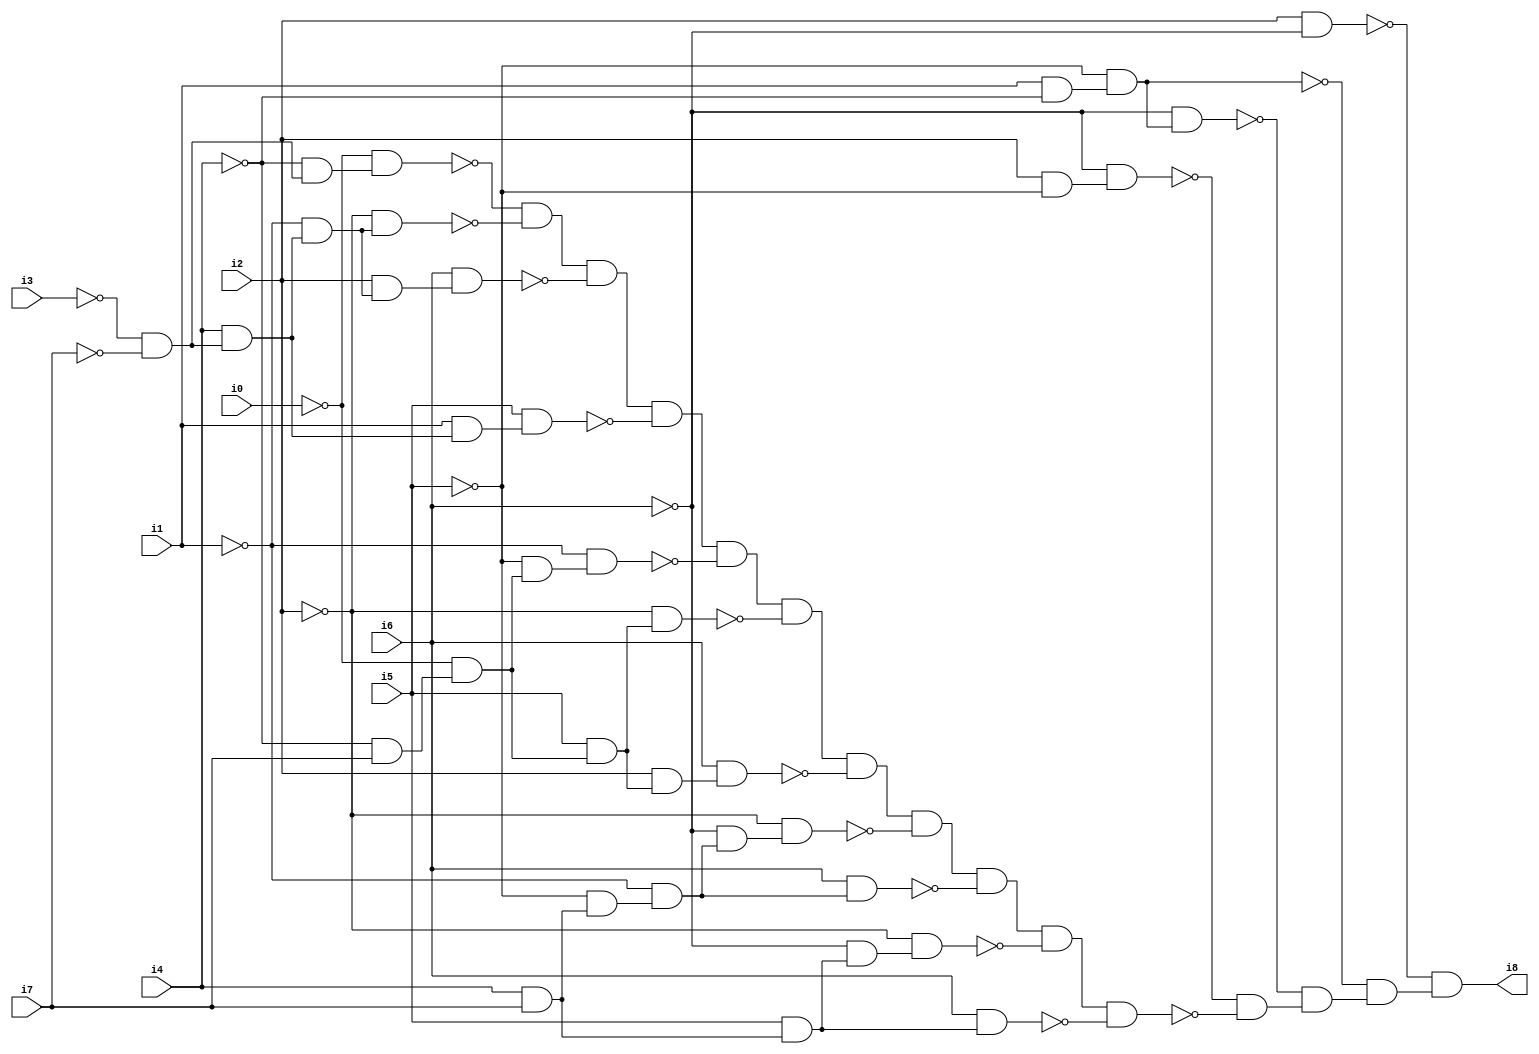
// Benchmark "SKOLEMFORMULA" written by ABC on Mon May  4 15:53:55 2020

module SKOLEMFORMULA ( 
    i0, i1, i2, i3, i4, i5, i6, i7,
    i8  );
  input  i0, i1, i2, i3, i4, i5, i6, i7;
  output i8;
  wire n10, n11, n12, n13, n14, n15, n16, n17, n18, n19, n20, n21, n22, n23,
    n24, n25, n26, n27, n28, n29, n30, n31, n32, n33, n34, n35, n36, n37,
    n38, n39, n40, n41, n42, n43, n44, n45, n46, n47, n48, n49, n50, n51,
    n52, n53, n54, n55, n56;
  assign n10 = i2 & ~i5;
  assign n11 = ~i6 & n10;
  assign n12 = i1 & ~i4;
  assign n13 = ~i5 & n12;
  assign n14 = ~i6 & n13;
  assign n15 = i2 & ~i6;
  assign n16 = ~i3 & ~i7;
  assign n17 = ~i4 & n16;
  assign n18 = ~i0 & n17;
  assign n19 = i4 & n16;
  assign n20 = ~i1 & n19;
  assign n21 = ~i2 & n20;
  assign n22 = ~n18 & ~n21;
  assign n23 = i2 & n20;
  assign n24 = i6 & n23;
  assign n25 = n22 & ~n24;
  assign n26 = i1 & n19;
  assign n27 = i5 & n26;
  assign n28 = n25 & ~n27;
  assign n29 = ~i4 & i7;
  assign n30 = ~i0 & n29;
  assign n31 = ~i5 & n30;
  assign n32 = ~i1 & n31;
  assign n33 = n28 & ~n32;
  assign n34 = i5 & n30;
  assign n35 = ~i2 & n34;
  assign n36 = n33 & ~n35;
  assign n37 = i2 & n34;
  assign n38 = i6 & n37;
  assign n39 = n36 & ~n38;
  assign n40 = i4 & i7;
  assign n41 = ~i5 & n40;
  assign n42 = ~i1 & n41;
  assign n43 = ~i6 & n42;
  assign n44 = ~i2 & n43;
  assign n45 = n39 & ~n44;
  assign n46 = i6 & n42;
  assign n47 = n45 & ~n46;
  assign n48 = i5 & n40;
  assign n49 = ~i6 & n48;
  assign n50 = ~i2 & n49;
  assign n51 = n47 & ~n50;
  assign n52 = i6 & n48;
  assign n53 = n51 & ~n52;
  assign n54 = ~n11 & ~n53;
  assign n55 = ~n14 & n54;
  assign n56 = ~n13 & n55;
  assign i8 = ~n15 & n56;
endmodule